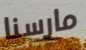
مارسنا